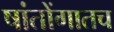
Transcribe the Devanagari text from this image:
षांतोंगातच